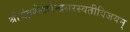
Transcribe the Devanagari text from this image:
श्रीचंद्रशेखरेन्द्रसरस्वतीविजयम्